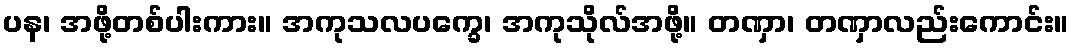
ပန၊ အဖို့တစ်ပါးကား။ အကုသလပက္ခေ၊ အကုသိုလ်အဖို့။ တဏှာ၊ တဏှာလည်းကောင်း။